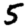
Digit: 5